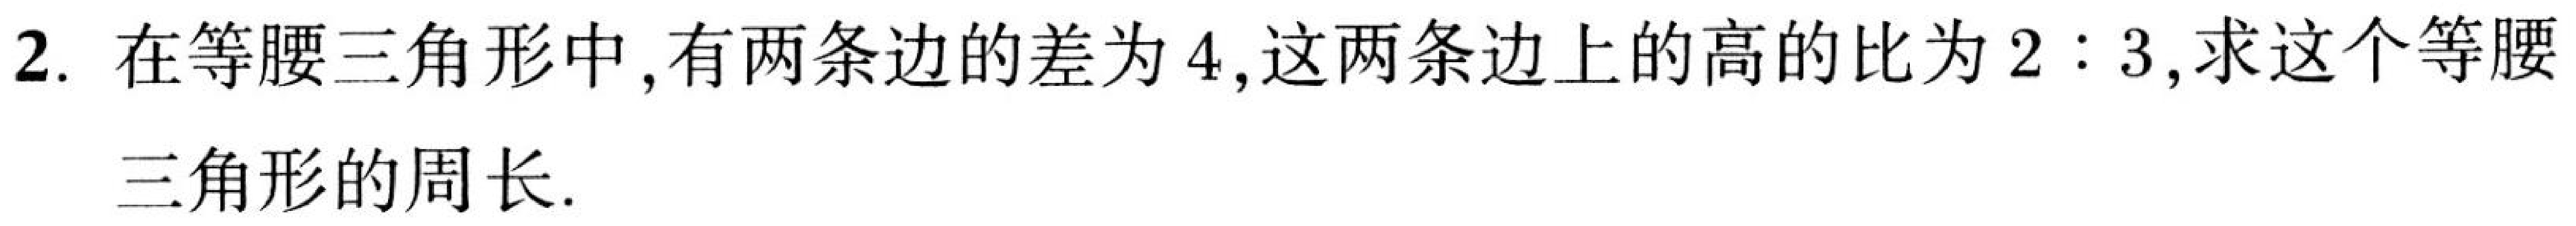
2. 在等腰三角形中,有两条边的差为\(4\),这两条边上的高的比为\(2:3\),求这个等腰三角形的周长.